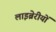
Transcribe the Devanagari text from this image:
लाइब्रेरीयों